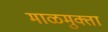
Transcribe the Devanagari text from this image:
माळमुक्ता